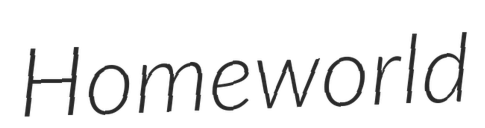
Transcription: Homeworld